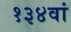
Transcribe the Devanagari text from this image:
१३४वां